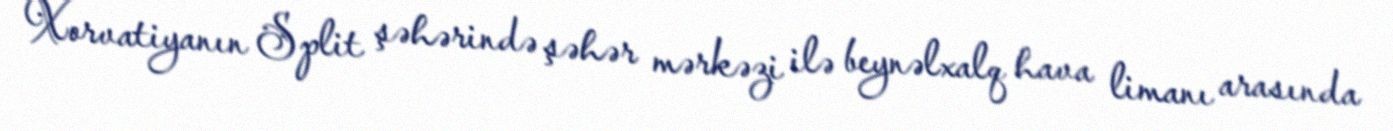
Xorvatiyanın Split şəhərində şəhər mərkəzi ilə beynəlxalq hava limanı arasında